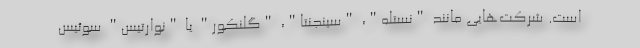
است. شرکت‌هایی مانند "نستله"، "سینجنتا"، "گلنکور" یا "نوارتیس" سوئیس